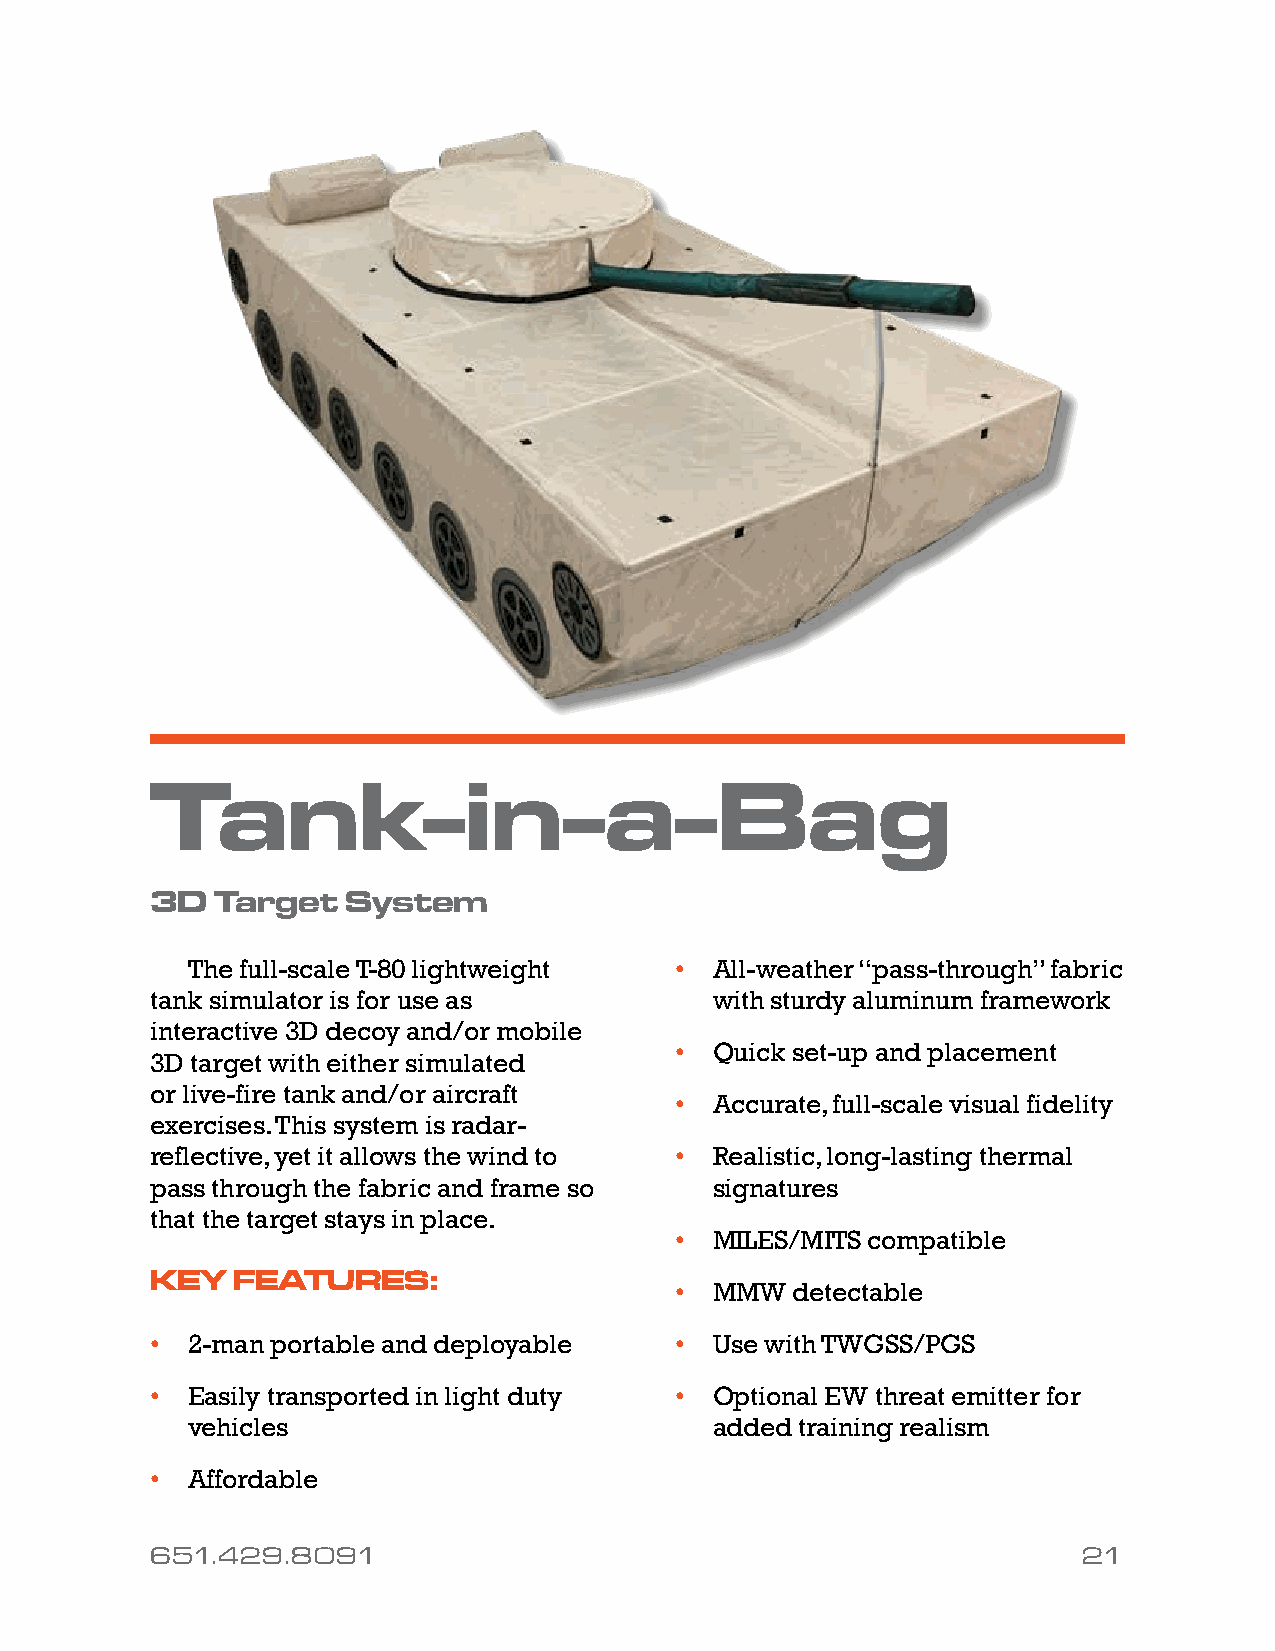
Tank-in-a-Bag
 3D  Target   System
 The full-scale T-80 lightweight  • All-weather “pass-through” fabric
 tank simulator is for use as         with sturdy aluminum framework
 interactive 3D decoy and/or mobile
 • Quick set-up and placement
 3D target with either simulated
 or live-fire tank and/or aircraft
 • Accurate, full-scale visual fidelity
 exercises. This system is radar-
 reflective, yet it allows the wind to • Realistic, long-lasting thermal
 pass through the fabric and frame so signatures
 that the target stays in place.
 • MILES/MITS compatible
 KEY  FEATURES:
 • MMW  detectable
 • 2-man portable and deployable    • Use with TWGSS/PGS
 • Easily transported in light duty • Optional EW threat emitter for
 vehicles                           added training realism
 • Affordable
 651.429.8091                                                 21